Vaccination in Burma 1912-1922 - 1912-1922
Year: 1912
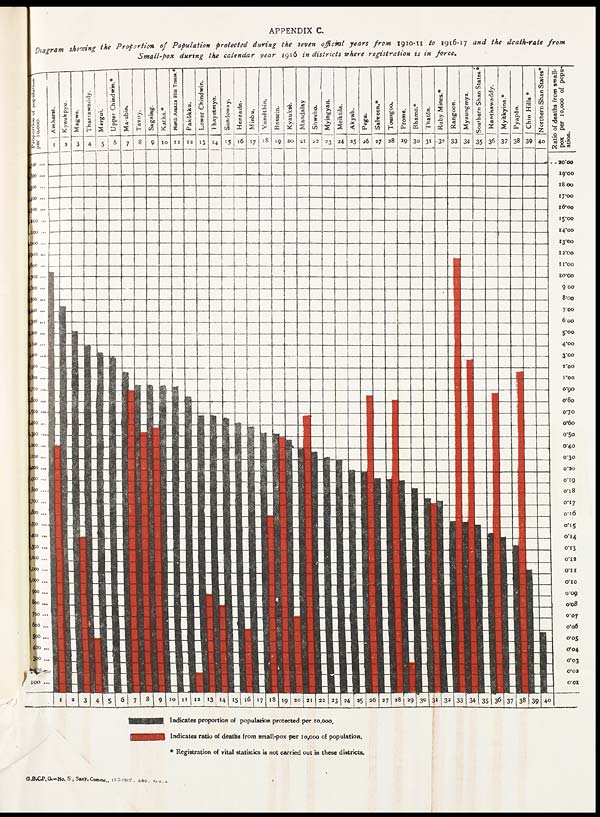
APPENDIX C.
Diagram showing the Proportion of Population protected during the seven official years from 1910-11 to 1916-17 and the death-rate
from
Small-pox during the calendar year 1916 in districts where registration is in force.
G.B.C.P.O.—No. 5, Sany.Commr., 17-7-1917. 480. L.I.R., I.